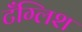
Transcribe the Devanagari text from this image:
टँग्लिश